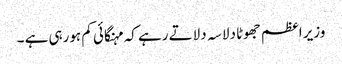
وزیر اعظم جھوٹا دلاسہ دلاتے رہے کہ مہنگائی کم ہورہی ہے ۔